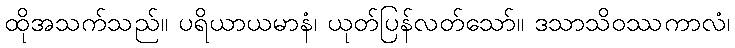
ထိုအသက်သည်။ ပရိယာယမာနံ၊ ယုတ်ပြန်လတ်သော်။ ဒသာသိဝဿကာလံ၊